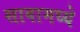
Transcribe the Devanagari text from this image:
सावामध्ये